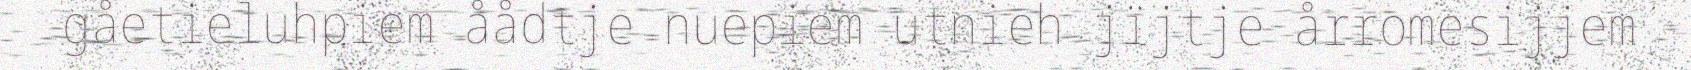
gåetieluhpiem åådtje nuepiem utnieh jïjtje årromesijjem